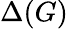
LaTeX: \Delta(G)